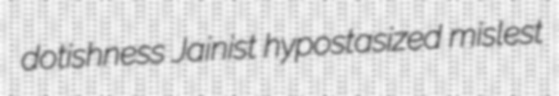
dotishness Jainist hypostasized mislest